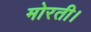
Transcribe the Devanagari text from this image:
मोरती।